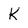
Character: K